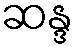
ဆန္ဒ